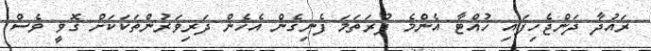
ރައުދާ ދަންޖެހިފައި ހުއްޓާ އެންމެ ފުރަތަމަ ފެނިގެން އެހެން ދަރިވަރުންތަކަކަށް ގޮވީ ވެސް